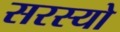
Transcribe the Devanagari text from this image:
सरस्‍यो